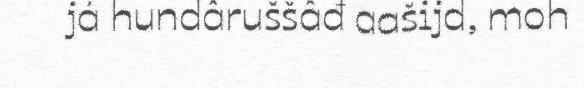
já hundâruššâđ aašijd, moh